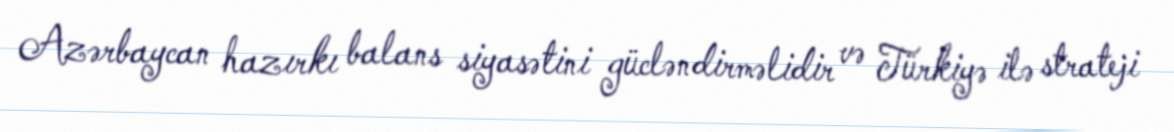
Azərbaycan hazırkı balans siyasətini gücləndirməlidir və Türkiyə ilə strateji